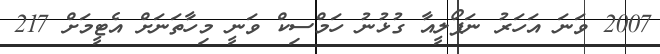
2007 ވަނަ އަހަރު ނަޕޯލީއާ ގުޅުނު ހަމްސިކް ވަނީ މިހާތަނަށް އެޓީމަށް 217